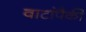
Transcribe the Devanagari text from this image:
वाटांपैकी